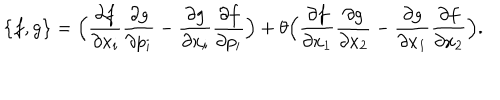
\big \{ f , g \big \} = \Big ( \frac { \partial f } { \partial x _ { i } } \frac { \partial g } { \partial p _ { i } } - \frac { \partial g } { \partial x _ { i } } \frac { \partial f } { \partial p _ { i } } \Big ) + \theta \Big ( \frac { \partial f } { \partial x _ { 1 } } \frac { \partial g } { \partial x _ { 2 } } - \frac { \partial g } { \partial x _ { 1 } } \frac { \partial f } { \partial x _ { 2 } } \Big ) .